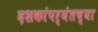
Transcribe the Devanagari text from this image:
दशकांपर्यंतच्या